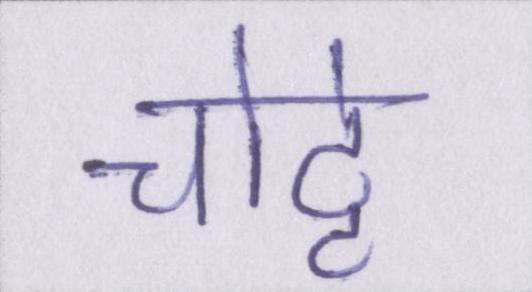
चोट्टे